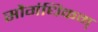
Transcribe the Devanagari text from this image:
सौगंधिकम्